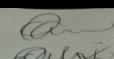
Signature authenticity: genuine